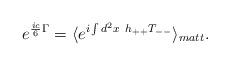
LaTeX: \begin{align*}e^{\frac{ic}{6}\Gamma}=\langle e^{i\int d^2x~h_{++}T_{--}}\rangle_{matt}.\end{align*}